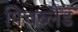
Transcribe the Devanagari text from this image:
पिचब्लैंड